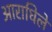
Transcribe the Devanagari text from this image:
आराधिले